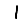
Digit: 1